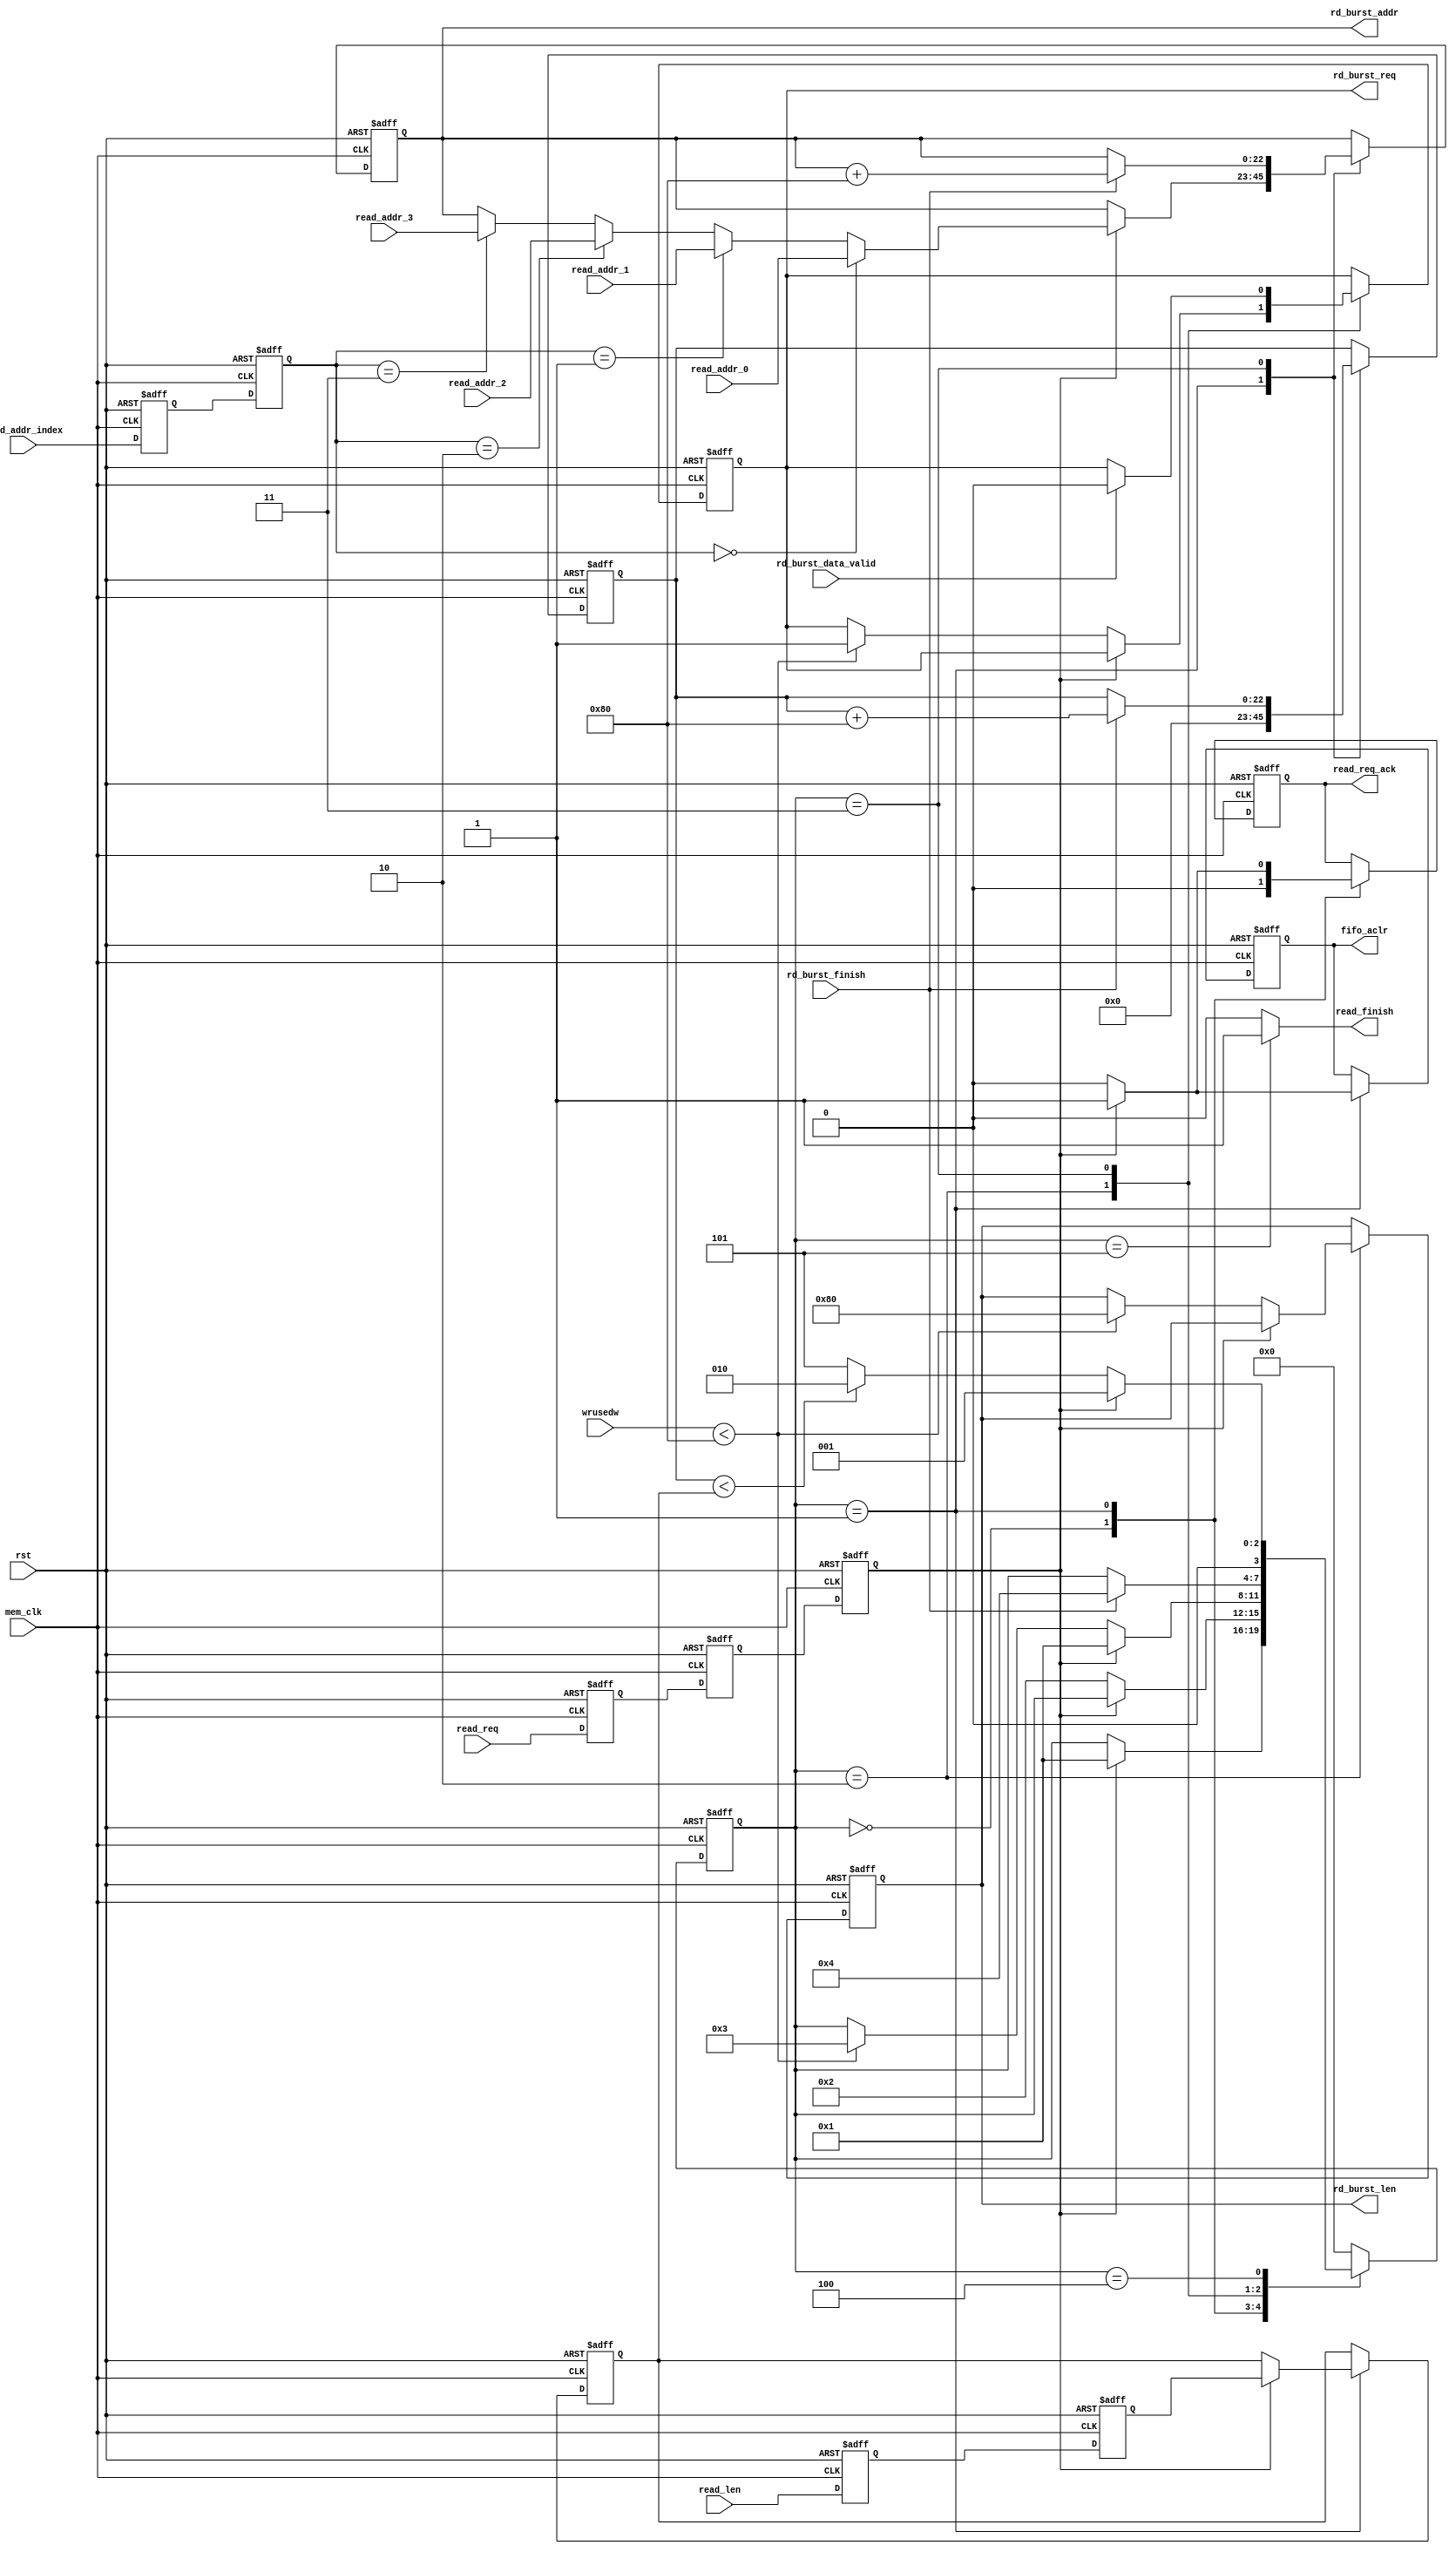
`timescale 1ns/1ps
module frame_fifo_read
#
(
	parameter MEM_DATA_BITS          = 32,
	parameter ADDR_BITS              = 23,
	parameter BUSRT_BITS             = 10,
	parameter FIFO_DEPTH             = 256,
	parameter BURST_SIZE             = 128
)               
(
	input                            rst,                  
	input                            mem_clk,                    // external memory controller user interface clock
	output reg                       rd_burst_req,               // to external memory controller,send out a burst read request  
	output reg[BUSRT_BITS - 1:0]     rd_burst_len,               // to external memory controller,data length of the burst read request, not bytes 
	output reg[ADDR_BITS - 1:0]      rd_burst_addr,              // to external memory controller,base address of the burst read request
	input                            rd_burst_data_valid,        // from external memory controller,read request data valid    
	input                            rd_burst_finish,            // from external memory controller,burst read finish
	input                            read_req,                   // data read module read request,keep '1' until read_req_ack = '1'
	output reg                       read_req_ack,               // data read module read request response
	output                           read_finish,                // data read module read request finish
	input[ADDR_BITS - 1:0]           read_addr_0,                // data read module read request base address 0, used when read_addr_index = 0
	input[ADDR_BITS - 1:0]           read_addr_1,                // data read module read request base address 1, used when read_addr_index = 1
	input[ADDR_BITS - 1:0]           read_addr_2,                // data read module read request base address 1, used when read_addr_index = 2
	input[ADDR_BITS - 1:0]           read_addr_3,                // data read module read request base address 1, used when read_addr_index = 3
	input[1:0]                       read_addr_index,            // select valid base address from read_addr_0 read_addr_1 read_addr_2 read_addr_3
	input[ADDR_BITS - 1:0]           read_len,                   // data read module read request data length
	output reg                       fifo_aclr,                  // to fifo asynchronous clear
	input[15:0]                      wrusedw                     // from fifo write used words
);
localparam ONE                       = 256'd1;                   //256 bit '1'   you can use ONE[n-1:0] for n bit '1'
localparam ZERO                      = 256'd0;                   //256 bit '0'
//read state machine code
localparam S_IDLE                    = 0;                        //idle state,waiting for frame read
localparam S_ACK                     = 1;                        //read request response
localparam S_CHECK_FIFO              = 2;                        //check the FIFO status, ensure that there is enough space to burst read
localparam S_READ_BURST              = 3;                        //begin a burst read
localparam S_READ_BURST_END          = 4;                        //a burst read complete
localparam S_END                     = 5;                        //a frame of data is read to complete

reg                                  read_req_d0;                //asynchronous read request, synchronize to 'mem_clk' clock domain,first beat
reg                                  read_req_d1;                //second
reg                                  read_req_d2;                //third,Why do you need 3 ? Here's the design habit
reg[ADDR_BITS - 1:0]                 read_len_d0;                //asynchronous read_len(read data length), synchronize to 'mem_clk' clock domain first
reg[ADDR_BITS - 1:0]                 read_len_d1;                //second
reg[ADDR_BITS - 1:0]                 read_len_latch;             //lock read data length
reg[ADDR_BITS - 1:0]                 read_cnt;                   //read data counter
reg[3:0]                             state;                      //state machine
reg[1:0]                             read_addr_index_d0;         //synchronize to 'mem_clk' clock domain first
reg[1:0]                             read_addr_index_d1;         //synchronize to 'mem_clk' clock domain second

assign read_finish = (state == S_END) ? 1'b1 : 1'b0;             //read finish at state 'S_END'
always@(posedge mem_clk or posedge rst)
begin
	if(rst == 1'b1)
	begin
		read_req_d0    <=  1'b0;
		read_req_d1    <=  1'b0;
		read_req_d2    <=  1'b0;
		read_len_d0    <=  ZERO[ADDR_BITS - 1:0];               //equivalent to read_len_d0 <= 0;
		read_len_d1    <=  ZERO[ADDR_BITS - 1:0];               //equivalent to read_len_d1 <= 0;
		read_addr_index_d0 <= 2'b00;
		read_addr_index_d1 <= 2'b00;
	end
	else
	begin
		read_req_d0    <=  read_req;
		read_req_d1    <=  read_req_d0;
		read_req_d2    <=  read_req_d1;     
		read_len_d0    <=  read_len;
		read_len_d1    <=  read_len_d0; 
		read_addr_index_d0 <= read_addr_index;
		read_addr_index_d1 <= read_addr_index_d0;
	end 
end


always@(posedge mem_clk or posedge rst)
begin
	if(rst == 1'b1)
	begin
		state <= S_IDLE;
		read_len_latch <= ZERO[ADDR_BITS - 1:0];
		rd_burst_addr <= ZERO[ADDR_BITS - 1:0];
		rd_burst_req <= 1'b0;
		read_cnt <= ZERO[ADDR_BITS - 1:0];
		fifo_aclr <= 1'b0;
		rd_burst_len <= ZERO[BUSRT_BITS - 1:0];
		read_req_ack <= 1'b0;
	end
	else
		case(state)
			//idle state,waiting for read, read_req_d2 == '1' goto the 'S_ACK'
			S_IDLE:
			begin
				if(read_req_d2 == 1'b1)
				begin
					state <= S_ACK;
				end
				read_req_ack <= 1'b0;
			end
			//'S_ACK' state completes the read request response, the FIFO reset, the address latch, and the data length latch
			S_ACK:
			begin
				if(read_req_d2 == 1'b0)
				begin
					state <= S_CHECK_FIFO;
					fifo_aclr <= 1'b0;
					read_req_ack <= 1'b0;
				end
				else
				begin
					//read request response
					read_req_ack <= 1'b1;
					//FIFO reset
					fifo_aclr <= 1'b1;
					//select valid base address from read_addr_0 read_addr_1 read_addr_2 read_addr_3
					if(read_addr_index_d1 == 2'd0)
						rd_burst_addr <= read_addr_0;
					else if(read_addr_index_d1 == 2'd1)
						rd_burst_addr <= read_addr_1;
					else if(read_addr_index_d1 == 2'd2)
						rd_burst_addr <= read_addr_2;
					else if(read_addr_index_d1 == 2'd3)
						rd_burst_addr <= read_addr_3;
					//latch data length
					read_len_latch <= read_len_d1;
				end
				//read data counter reset, read_cnt <= 0;
				read_cnt <= ZERO[ADDR_BITS - 1:0];
			end
			S_CHECK_FIFO:
			begin
				//if there is a read request at this time, enter the 'S_ACK' state
				if(read_req_d2 == 1'b1)
				begin
					state <= S_ACK;
				end
				//if the FIFO space is a burst read request, goto burst read state
				else if(wrusedw < (FIFO_DEPTH - BURST_SIZE))
				begin
					state <= S_READ_BURST;
					rd_burst_len <= BURST_SIZE[BUSRT_BITS - 1:0];
					rd_burst_req <= 1'b1;
				end
			end
			
			S_READ_BURST:
			begin
				if(rd_burst_data_valid)
					rd_burst_req <= 1'b0;
				//burst finish  
				if(rd_burst_finish == 1'b1)
				begin
					state <= S_READ_BURST_END;
					//read counter + burst length
					read_cnt <= read_cnt + BURST_SIZE[ADDR_BITS - 1:0];
					//the next burst read address is generated
					rd_burst_addr <= rd_burst_addr + BURST_SIZE[ADDR_BITS - 1:0];
				end     
			end
			S_READ_BURST_END:
			begin
				//if there is a read request at this time, enter the 'S_ACK' state
				if(read_req_d2 == 1'b1)
				begin
					state <= S_ACK;
				end
				//if the read counter value is less than the frame length, continue read,
				//otherwise the read is complete
				else if(read_cnt < read_len_latch)
				begin
					state <= S_CHECK_FIFO;
				end
				else
				begin
					state <= S_END;
				end
			end
			S_END:
			begin
				state <= S_IDLE;
			end
			default:
				state <= S_IDLE;
		endcase
end
endmodule